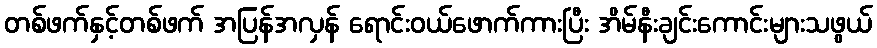
တစ်ဖက်နှင့်တစ်ဖက် အပြန်အလှန် ရောင်းဝယ်ဖောက်ကားပြီး အိမ်နီးချင်းကောင်းများသဖွယ်